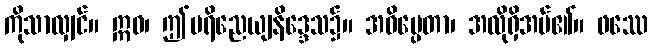
ကိုသာလျှင်။ ဣဓ၊ ဤပရိညေယျနိဒ္ဒေသ၌။ အဓိပ္ပေတာ၊ အလိုရှိအပ်၏။ ဖဿေ